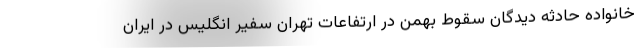
خانواده حادثه دیدگان سقوط بهمن در ارتفاعات تهران سفیر انگلیس در ایران